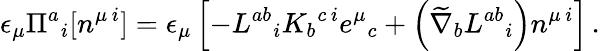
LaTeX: \epsilon_{\mu}\Pi^{a}{}_{i}[n^{\mu\, i}]=\epsilon_{\mu}\left[-L^{ab}{}_{i}K_{b}{}^{c\, i}e^{\mu}{}_{c}+\left(\widetilde{\nabla}_{b}L^{ab}{}_{i}\right)n^{\mu\, i}\right]\, .